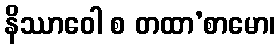
နိဿာဝေါ စ တထာ’စာမော၊